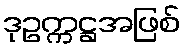
ဒုဥက္ကဋ္ဌအဖြစ်